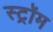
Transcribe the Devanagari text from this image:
स्ट्रॉम